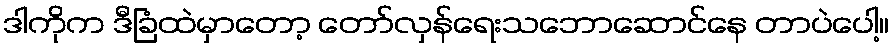
ဒါကိုက ဒီခြံထဲမှာတော့ တော်လှန်ရေးသဘောဆောင်နေ တာပဲပေါ့။